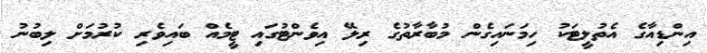
އިންޑިއާގެ އެތުލީޓަކު ހިމަނައިގެން މުބާރާތުގެ ރިލޭ އިވެންޓުގައި ޓީމެއް ބައިވެރި ކުރުމަށް ލިބުނު